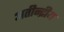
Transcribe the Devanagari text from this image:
अतीन्‍द्रीय